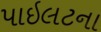
પાઇલટના